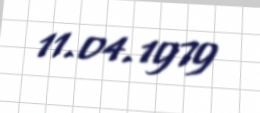
11.04.1979